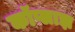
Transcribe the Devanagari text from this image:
कॉप्लाझ